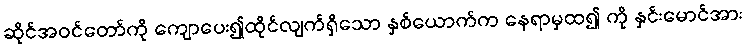
ဆိုင်အဝင်တော်ကို ကျောပေး၍ထိုင်လျက်ရှိသော နှစ်ယောက်က နေရာမှထ၍ ကို နှင်းမောင်အား